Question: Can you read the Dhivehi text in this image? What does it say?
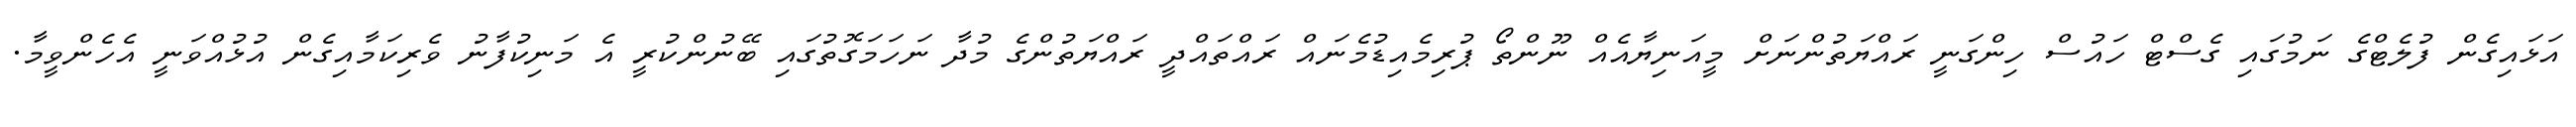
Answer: އަޅައިގެން ފުލެޓްގެ ނަމުގައި ގެސްޓް ހައުސް ހިންގަނީ ރައްޔަތުންނަށް މީއަނިޔާއެއް ނޫންތޯ ޕުރިމެއިޑުމެނައް ރައްތައްދީ ރައްޔަތުންގެ މުދާ ނަހަމަގޮތުގައި ބޭނުންކުރީ އެ މަނިކުފާނު ވެރިކަމާއިގެން އުޅުއްވަނީ އެހެންވީމާ.